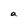
Character: a